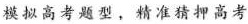
模拟高考题型，精准猜押高考